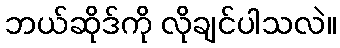
ဘယ်ဆိုဒ်ကို လိုချင်ပါသလဲ။